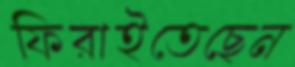
ফিরাইতেছেন